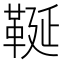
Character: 䩥